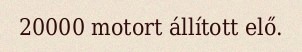
20000 motort állított elő.